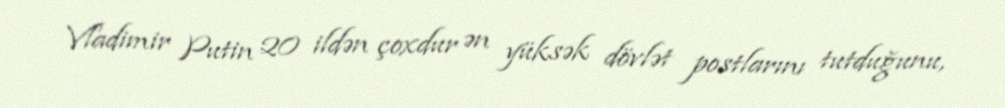
Vladimir Putin 20 ildən çoxdur ən yüksək dövlət postlarını tutduğunu,